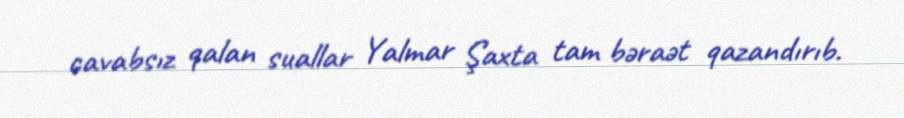
cavabsız qalan suallar Yalmar Şaxta tam bəraət qazandırıb.